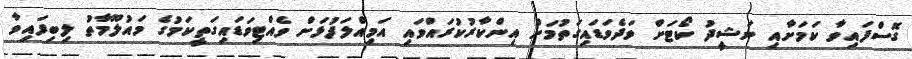
ގޮސްފައިވާ ކަމަށާއި ނަޝީދު ކޯޓަށް ވަދެވަޑައިގަތުމަށް އިންކާރުކުރައްވައި އަމިއްލަފުޅަށް ވެއްޓިވަޑައިގަތީކަމުގެ މައުލޫމާތު ލިބިފައިވާ